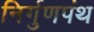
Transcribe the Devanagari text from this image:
निर्गुणपंथ